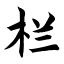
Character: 栏